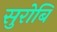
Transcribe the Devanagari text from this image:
सुरोबि